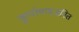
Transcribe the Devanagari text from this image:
कुपोषणजनित